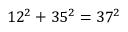
1 2 ^ { 2 } + 3 5 ^ { 2 } = 3 7 ^ { 2 }